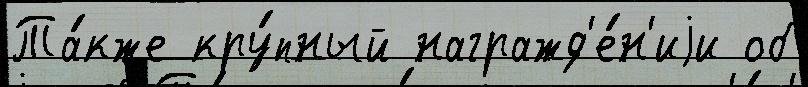
Та́кже кру́пный награжд'е́н'иjи об